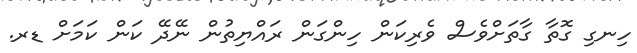
ހިނގި ގޮތާ ގާތަށްވެސް ވެރިކަން ހިންގަން ރައްޔިތުން ނޭދޭ ކަން ކަމަށް ޑރ.